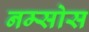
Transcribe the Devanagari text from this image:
नम्सोस